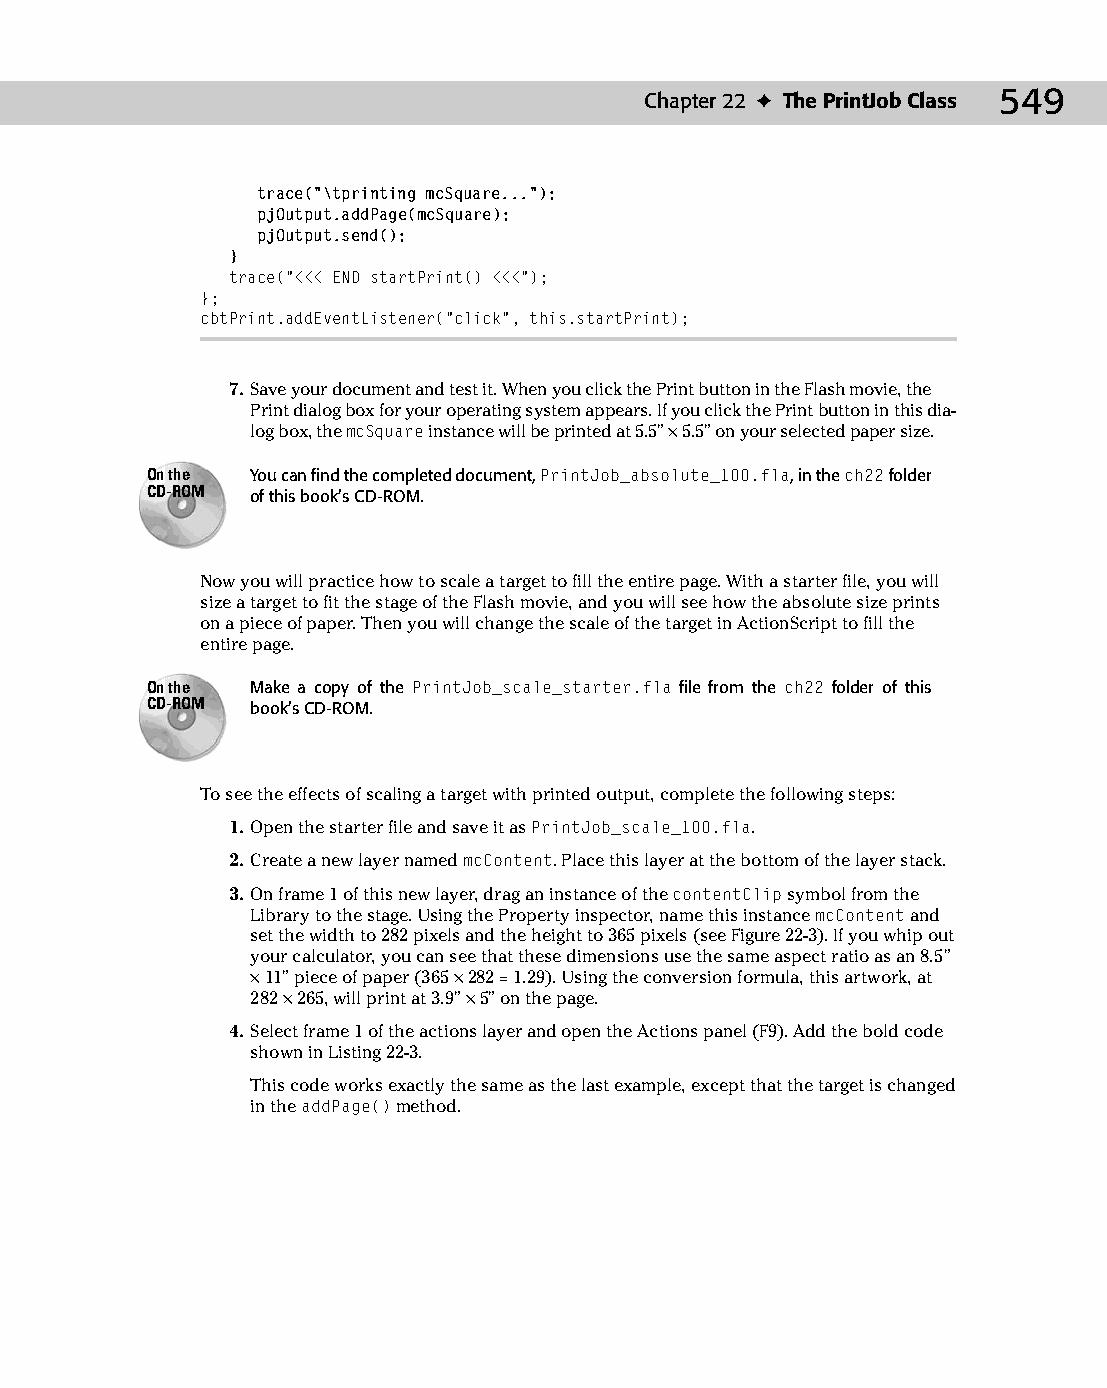
28 543547 ch22.qxd 3/24/04 4:09 PM Page 549
 Chapter 22 ✦ The PrintJob Class 549
 trace(“\tprinting mcSquare...”);
 pjOutput.addPage(mcSquare);
 pjOutput.send();
 }
 trace(“<<< END startPrint() <<<”);
 };
 cbtPrint.addEventListener(“click”, this.startPrint);
 7. Save your document and test it. When you click the Print button in the Flash movie, the
 Print dialog box for your operating system appears. If you click the Print button in this dia­
 log box, the mcSquare instance will be printed at 5.5" × 5.5" on your selected paper size.
 On the You can find the completed document, PrintJob_absolute_100.fla, in the ch22 folder
 CD-ROM of this book’s CD-ROM.
 Now you will practice how to scale a target to fill the entire page. With a starter file, you will
 size a target to fit the stage of the Flash movie, and you will see how the absolute size prints
 on a piece of paper. Then you will change the scale of the target in ActionScript to fill the
 entire page.
 On the Make a copy of the PrintJob_scale_starter.fla file from the ch22 folder of this
 CD-ROM book’s CD-ROM.
 To see the effects of scaling a target with printed output, complete the following steps:
 1. Open the starter file and save it as PrintJob_scale_100.fla.
 2. Create a new layer named mcContent. Place this layer at the bottom of the layer stack.
 3. On frame 1 of this new layer, drag an instance of the contentClip symbol from the
 Library to the stage. Using the Property inspector, name this instance mcContent and
 set the width to 282 pixels and the height to 365 pixels (see Figure 22-3). If you whip out
 your calculator, you can see that these dimensions use the same aspect ratio as an 8.5"
 × 11" piece of paper (365 × 282 = 1.29). Using the conversion formula, this artwork, at
 282 × 265, will print at 3.9" × 5" on the page.
 4. Select frame 1 of the actions layer and open the Actions panel (F9). Add the bold code
 shown in Listing 22-3.
 This code works exactly the same as the last example, except that the target is changed
 in the addPage() method.